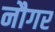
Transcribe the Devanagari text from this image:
नौगर